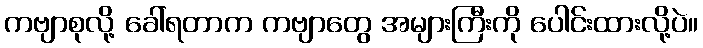
ကဗျာစုလို့ ခေါ်ရတာက ကဗျာတွေ အများကြီးကို ပေါင်းထားလို့ပဲ။